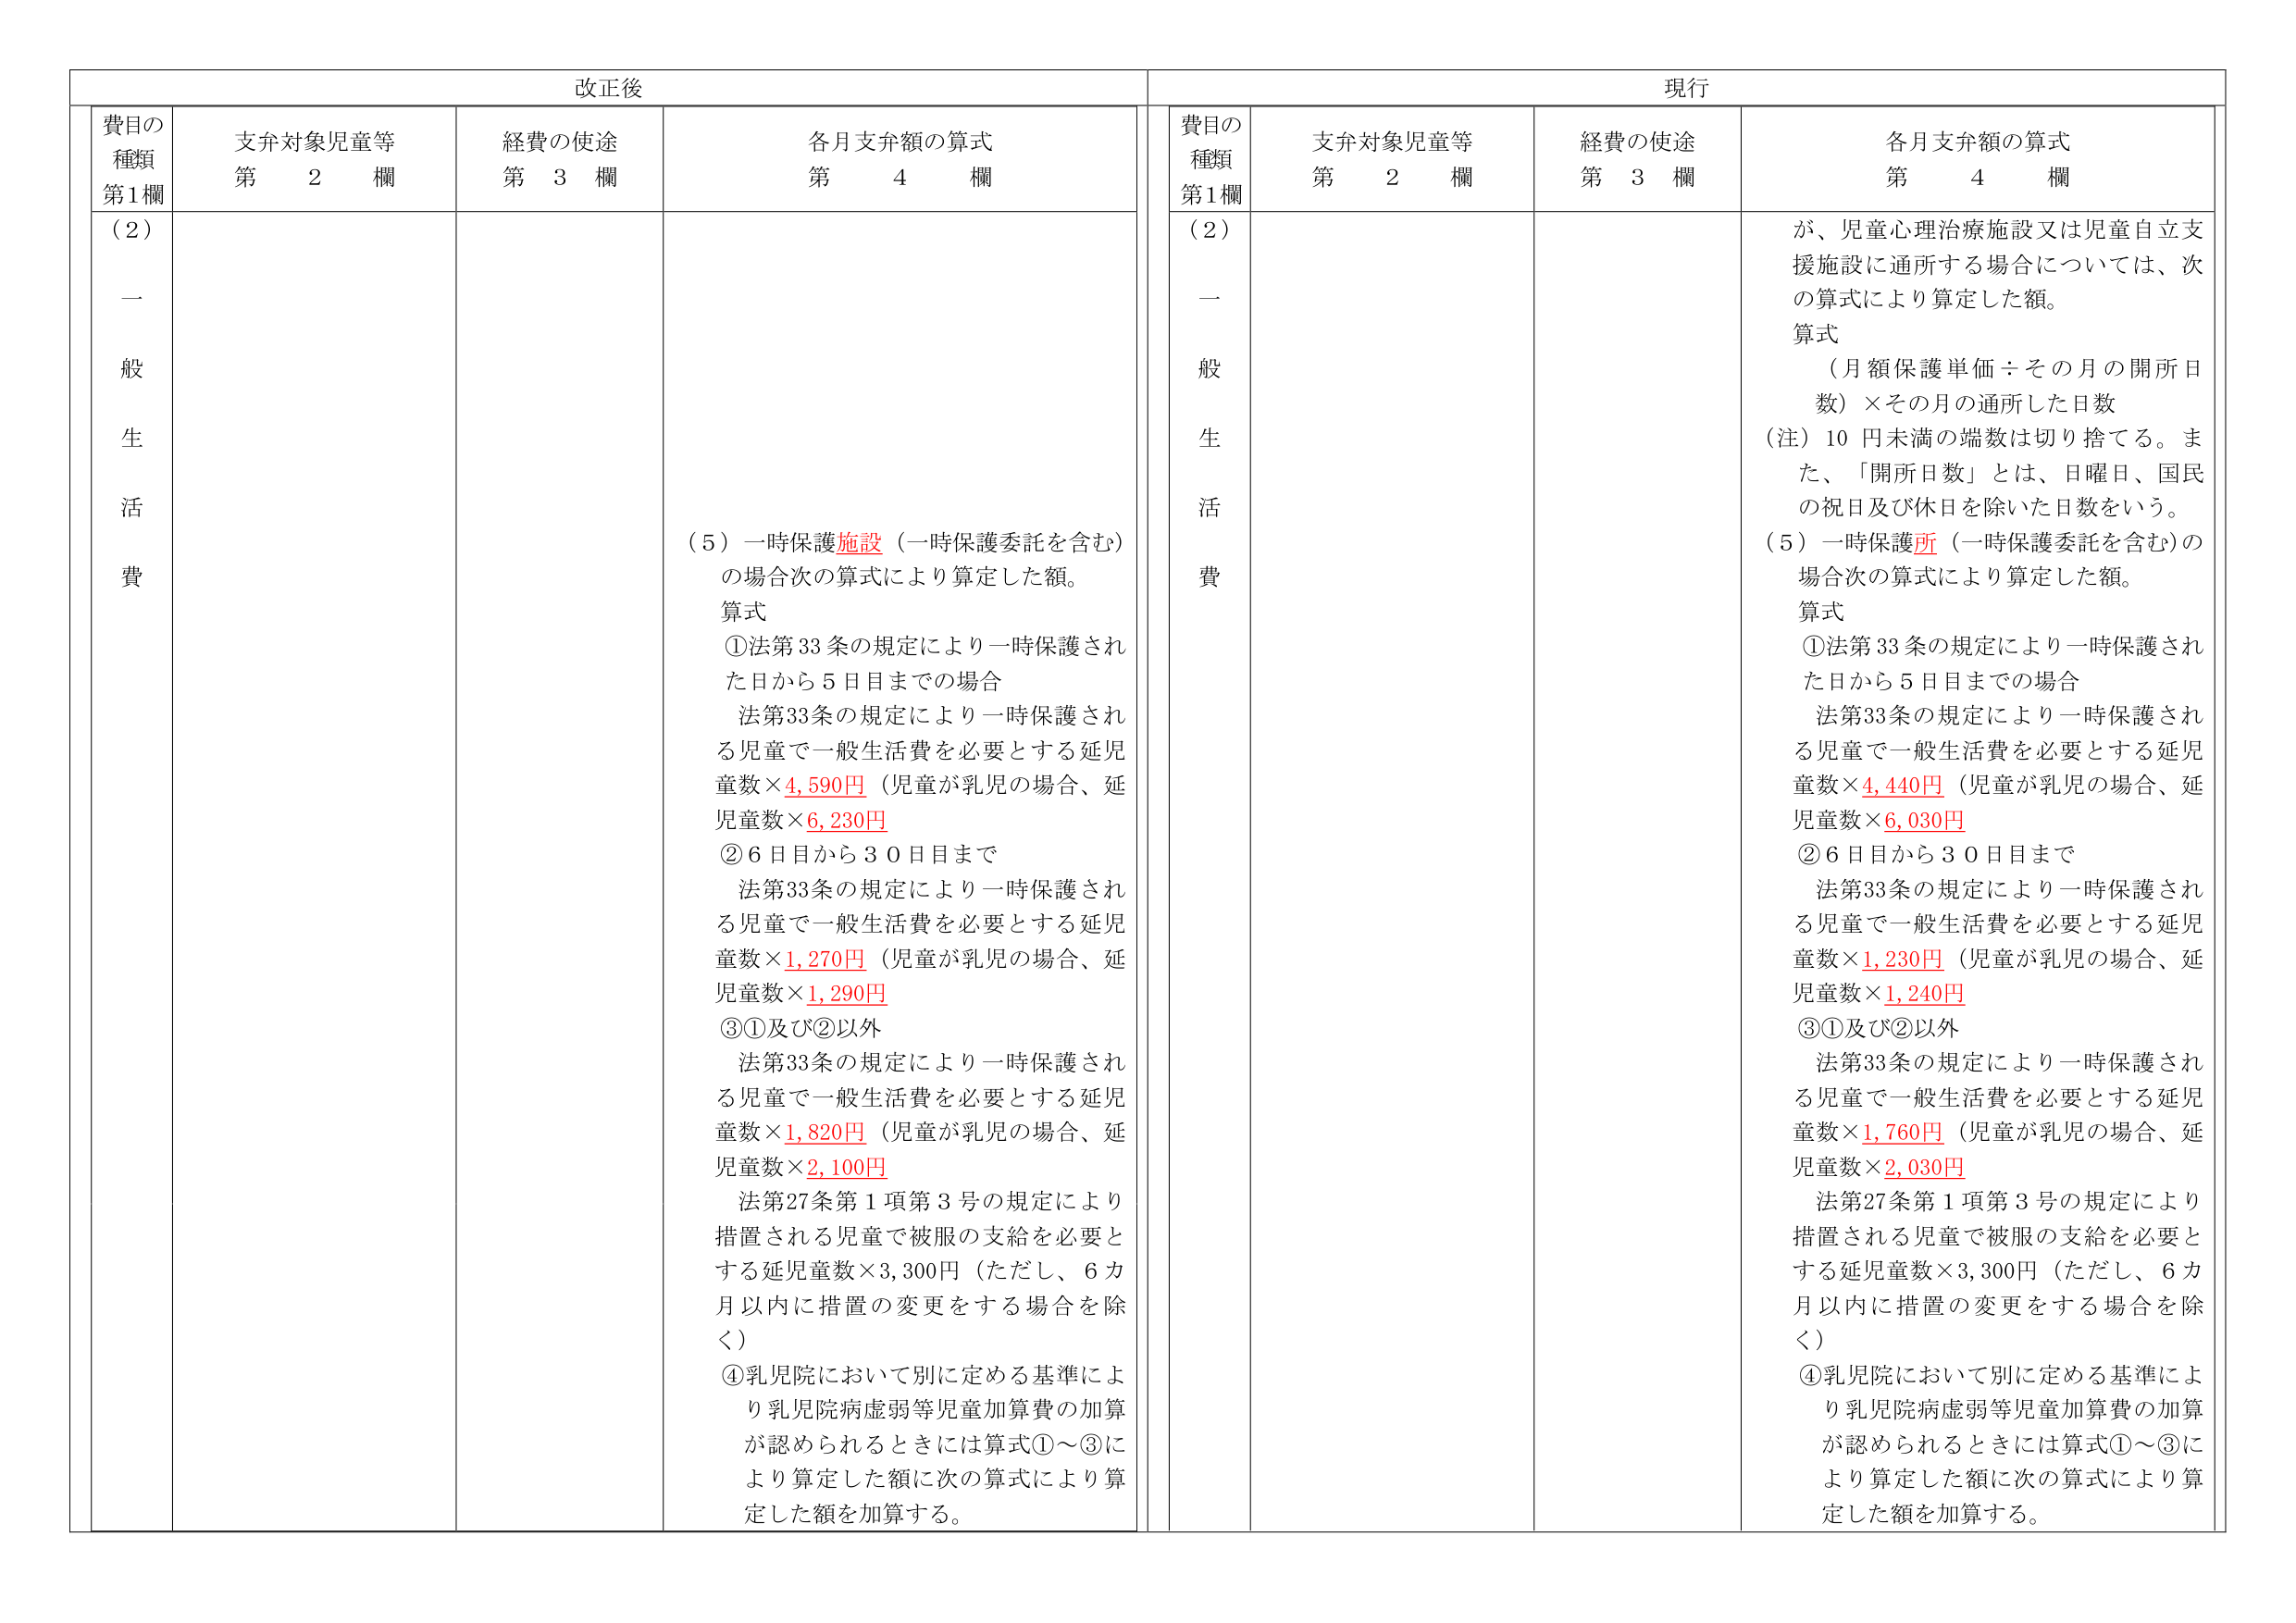
改正後

費目の種類
第1欄

支弁対象児童等
第 2 欄

経費の使途
第 3 欄

各月支弁額の算式
第 4 欄

（2）
一般生活費

（5）一時保護施設（一時保護委託を含む）の場合次の算式により算定した額。
算式
①法第33条の規定により一時保護された日から5日目までの場合
　法第33条の規定により一時保護される児童で一般生活費を必要とする延児童数×4,590円（児童が乳児の場合、延児童数×6,230円）
②6日目から30日目まで
　法第33条の規定により一時保護される児童で一般生活費を必要とする延児童数×1,270円（児童が乳児の場合、延児童数×1,290円）
③①及び②以外
　法第33条の規定により一時保護される児童で一般生活費を必要とする延児童数×1,820円（児童が乳児の場合、延児童数×2,100円）
　法第27条第1項第3号の規定により措置される児童で被服の支給を必要とする延児童数×3,300円（ただし、6カ月以内に措置の変更をする場合を除く）
④乳児院において別に定める基準により乳児院病虚弱等児童加算費の加算が認められるときには算式①～③により算定した額に次の算式により算定した額を加算する。

現行

費目の種類
第1欄

支弁対象児童等
第 2 欄

経費の使途
第 3 欄

各月支弁額の算式
第 4 欄

（2）
一般生活費

が、児童心理治療施設又は児童自立支援施設に通所する場合については、次の算式により算定した額。
算式
（月額保護単価÷その月の開所日数）×その月の通所した日数
（注）10円未満の端数は切り捨てる。また、「開所日数」とは、日曜日、国民の祝日及び休日を除いた日数をいう。
（5）一時保護所（一時保護委託を含む）の場合次の算式により算定した額。
算式
①法第33条の規定により一時保護された日から5日目までの場合
　法第33条の規定により一時保護される児童で一般生活費を必要とする延児童数×4,440円（児童が乳児の場合、延児童数×6,030円）
②6日目から30日目まで
　法第33条の規定により一時保護される児童で一般生活費を必要とする延児童数×1,230円（児童が乳児の場合、延児童数×1,240円）
③①及び②以外
　法第33条の規定により一時保護される児童で一般生活費を必要とする延児童数×1,760円（児童が乳児の場合、延児童数×2,030円）
　法第27条第1項第3号の規定により措置される児童で被服の支給を必要とする延児童数×3,300円（ただし、6カ月以内に措置の変更をする場合を除く）
④乳児院において別に定める基準により乳児院病虚弱等児童加算費の加算が認められるときには算式①～③により算定した額に次の算式により算定した額を加算する。